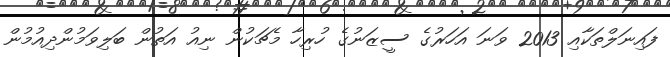
ފައިނަލްތަކާއި 2013 ވަނަ އަހަރުގެ ސީޒަނުގެ ހުރިހާ މެޗަކުން ނިއު އަތުން ބަލިވަމުންދިއުމުން